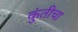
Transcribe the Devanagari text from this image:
कुंतीचा